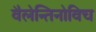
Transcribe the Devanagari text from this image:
वैलेन्तिनोविच